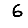
Digit: 6